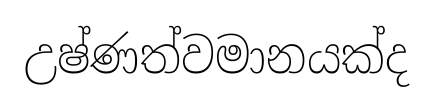
උෂ්ණත්වමානයක්ද